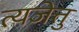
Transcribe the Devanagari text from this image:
त्यजेत्तु